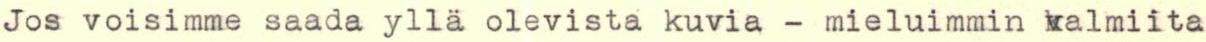
Jos voisimme saada yllä olevista kuvia - mieluimmin valmiita